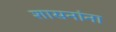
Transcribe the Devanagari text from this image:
शासनांना